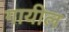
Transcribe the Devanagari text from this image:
गायील